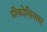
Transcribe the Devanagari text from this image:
प्रीकोसिअस